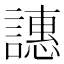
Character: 譓